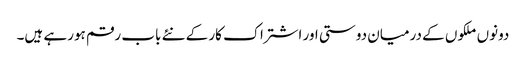
دونوں ملکوں کے درمیان دوستی اور اشتراک کار کے نئے باب رقم ہورہے ہیں۔